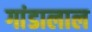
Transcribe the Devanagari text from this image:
गांडालाल